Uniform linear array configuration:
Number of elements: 16
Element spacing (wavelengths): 1
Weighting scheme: hann
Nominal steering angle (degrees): -45
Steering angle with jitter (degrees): -44.181
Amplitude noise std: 0.05
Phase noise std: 0.05

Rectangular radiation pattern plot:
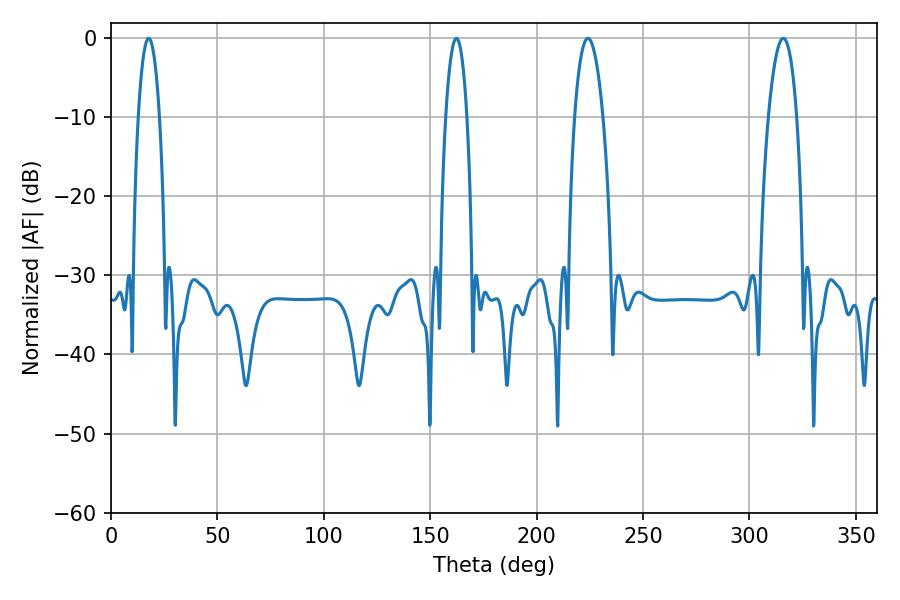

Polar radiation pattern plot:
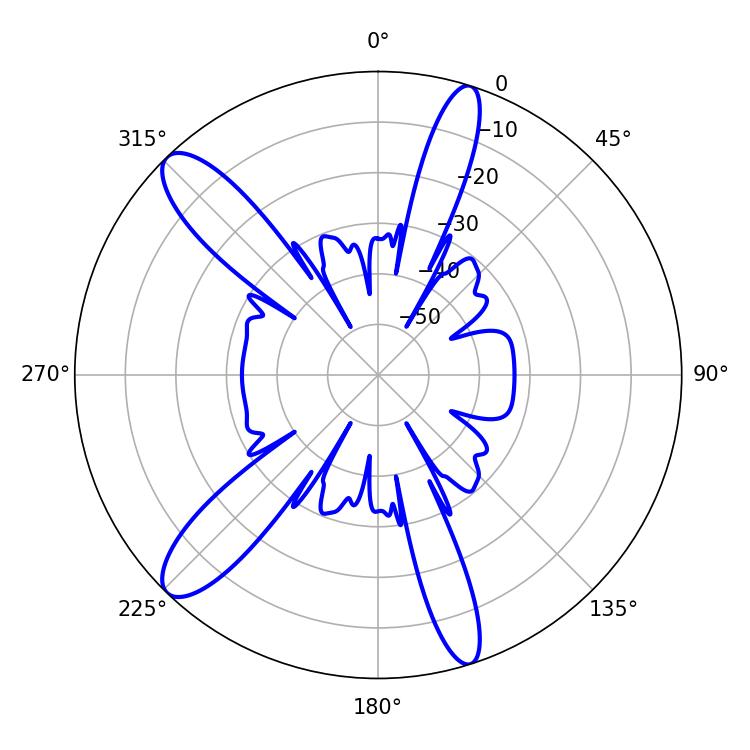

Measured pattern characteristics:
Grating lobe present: TRUE
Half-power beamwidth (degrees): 7.38
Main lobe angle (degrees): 315.9